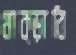
থাক্‌ড়াবি